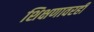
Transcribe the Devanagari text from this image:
शिक्षणावरही